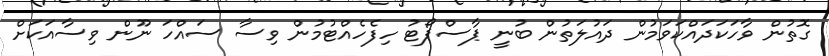
ގޮތުން ވާހަަކަދައްކަވަމުން ދައުލަތުން ބުނީ ޕާސްޕޯޓު ހިފެހެއްޓުމުން ވިސާ ސައްހަ ނޫން ވިސާއަކަށް